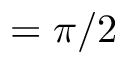
= \pi / 2